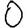
Digit: 0